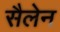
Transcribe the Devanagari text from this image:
सैलेन